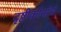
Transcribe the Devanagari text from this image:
दृष्टीकोनांचे